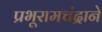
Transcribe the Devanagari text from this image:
प्रभूरामचंद्राने